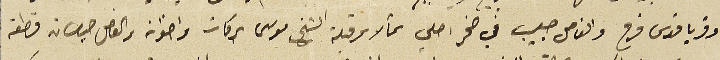
وقرياقوس فرح والفاصل صليب في صخر اصلي شمالا وقبلة الشيخ موسى بركات واخوانه والفاصل حيطان قطعة